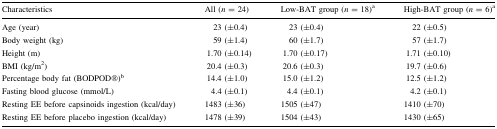
| Characteristics | All (n = 24) | Low-BAT group (n = 18)a | High-BAT group (n = 6)a |
 | --- | --- | --- | --- |
 | Age (year) | 23 (±0.4) | 23 (±0.4) | 22 (±0.5) |
 | Body weight (kg) | 59 (±1.4) | 60 (±1.7) | 57 (±1.7) |
 | Height (m) | 1.70 (±0.14) | 1.70 (±0.17) | 1.71 (±0.10) |
 | BMI (kg/m2) | 20.4 (±0.3) | 20.6 (±0.3) | 19.7 (±0.6) |
 | Percentage body fat (BODPOD®)b | 14.4 (±1.0) | 15.0 (±1.2) | 12.5 (±1.2) |
 | Fasting blood glucose (mmol/L) | 4.4 (±0.1) | 4.4 (±0.1) | 4.2 (±0.1) |
 | Resting EE before capsinoids ingestion (kcal/day) | 1483 (±36) | 1505 (±47) | 1410 (±70) |
 | Resting EE before placebo ingestion (kcal/day) | 1478 (±39) | 1504 (±43) | 1430 (±65) |